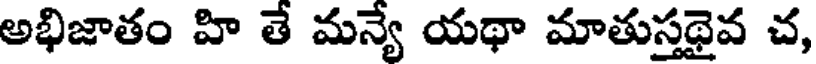
అభిజాతం హి తే మన్యే యథా మాతుస్తథైవ చ,